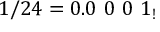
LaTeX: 1 / 2 4 = 0 . 0 \ 0 \ 0 \ 1 _ { ! }